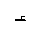
Letter: _hamza